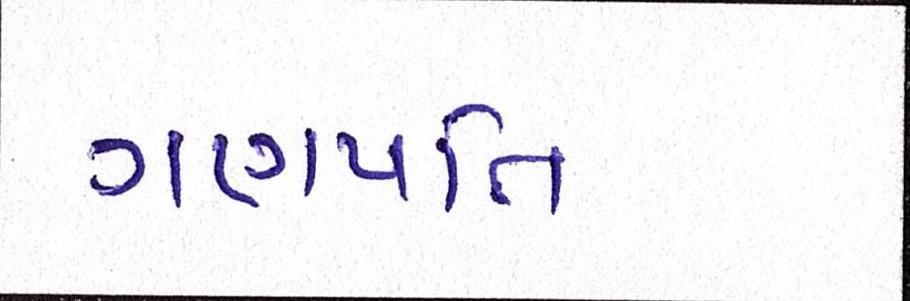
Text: ગણપતિ